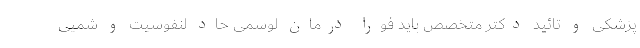
پزشکی و تائید دکتر متخصص باید فورا درمان لوسمی حاد لنفوسیت و شمیی